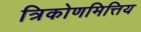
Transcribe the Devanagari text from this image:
त्रिकोणमित्तिय